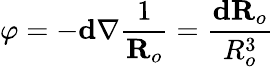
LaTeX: \varphi=-\textbf{d}\nabla\frac{1}{\textbf{R}_{o}}=\frac{\textbf{d}\textbf{R}_{o}}{R_{o}^{3}}